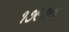
૧૭૯૭ના